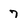
Character: 7